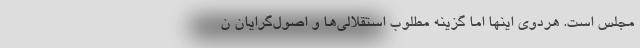
مجلس است. هردوی اینها اما گزینه مطلوب استقلالی‌ها و اصول‌گرایان ن